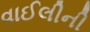
વાઈલીની